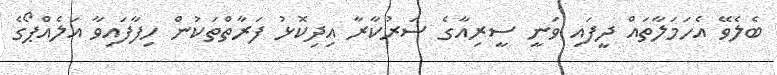
ބެލެވޭ އެހަމަލާތައް ދީފައި ވަނީ ސީރިއާގެ ސަރުކާރާ އިދިކޮޅު ފަރާތްތަކުން ހިފާފައިވާ އަލެއްޕޯގެ